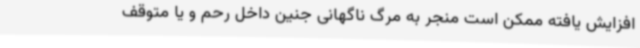
افزایش یافته ممکن است منجر به مرگ ناگهانی جنین داخل رحم و یا متوقف